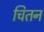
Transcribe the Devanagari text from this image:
चितन